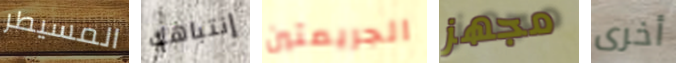
المسيطر إنتباهك الجريمتين مجهز أخرى